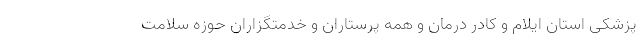
پزشکی استان ایلام و کادر درمان و همه پرستاران و خدمتگزاران حوزه سلامت